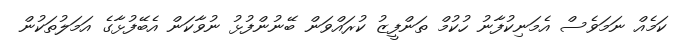
ކަމެއް ނަމަވެސް އެމަނިކުފާނު ހުކުމް ތަންފީޒު ކުރައްވަން ބޭނުންފުޅު ނުވާކަން އެބޭފުޅާގެ އަމަލުތަކުން